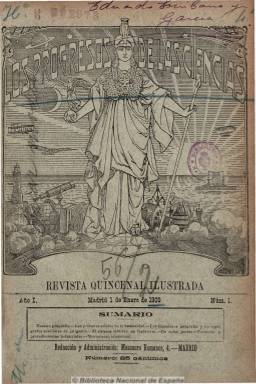
Título: Los Progresos de las ciencias
Colección: Ciencias
Ámbito geográfico: Madrid
Lugar de publicación: Madrid
Fechas: 01/01/1909-01/12/1911

Revista quincenal ilustrada, de 16 páginas por número, dedicada a la propaganda y divulgación teórica y práctica de las ciencias. Entre sus contenidos aparece una serie de artículos bajo el epígrafe “Las primeras edades de la humanidad”, y las secciones “Pesas y medidas”, “Fórmulas y procedimientos industriales” y “Movimiento intelectual” (con noticias bibliográficas, especialmente). También incluye noticias de “todas partes” procedentes de revistas extranjeras del mismo carácter, y algunas informaciones sobre la Academia de Ciencias de París o el Instituto Geográfico y Estadístico. Incluye anuncios comerciales.